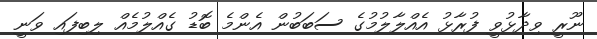
ނޫރީ ވިދާޅުވީ ފުރާޅު އެއްލާލުމުގެ ސަބަބުން އެންމެ ބޮޑު ގެއްލުމެއް ލިބިފައި ވަނީ